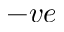
- v e